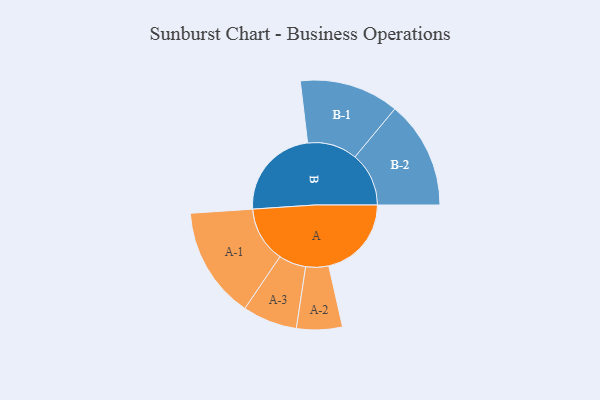
{"axis": {"x": "Segment", "y": "Value"}, "legend": ["", "A", "B"], "data": [{"x": "A", "y": 427, "type": ""}, {"x": "B", "y": 481, "type": ""}, {"x": "A-1", "y": 288, "type": "A"}, {"x": "A-2", "y": 118, "type": "A"}, {"x": "A-3", "y": 141, "type": "A"}, {"x": "B-1", "y": 257, "type": "B"}, {"x": "B-2", "y": 278, "type": "B"}]}